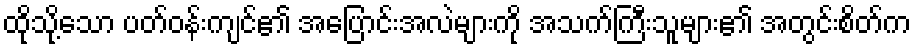
ထိုသို့သော ပတ်ဝန်းကျင်၏ အပြောင်းအလဲများကို အသက်ကြီးသူများ၏ အတွင်းစိတ်က